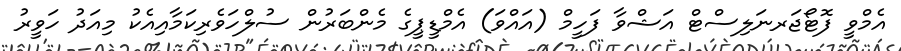
އެމްވީ ފޮޓޯޖަރނަލިސްޓް އަޝްވާ ފަހީމް (އައްވަ) އެމްޑީޕީގެ މެންބަރުން ސުލްހަވެރިކަމާއިއެކު މިއަދު ހަވީރު